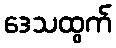
ဒေသထွက်